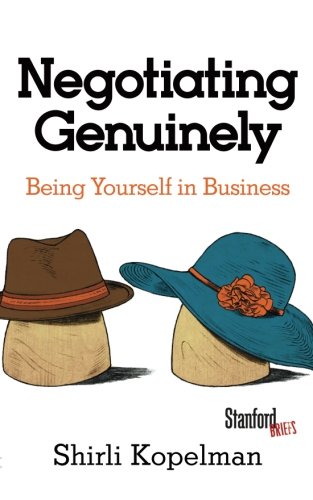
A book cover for Negotiating Genuinely: Being Yourself in Business; Shirli Kopelman; Business & Money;